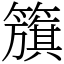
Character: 籏